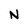
Character: N